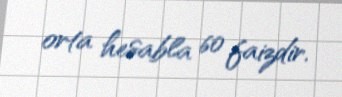
orta hesabla 60 faizdir.